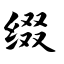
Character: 缀